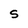
Character: S